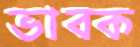
ভাবক